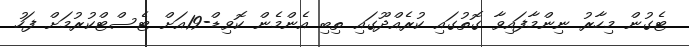
ޓެގުން މިހާރު ނިންމާފައިވާ ގޮތުގައި ކުރެއްދޫގައި ތިބި އެންމެން ކޮވިޑް-19އަށް ޓެސްޓްކުރުމަށް ފަހު